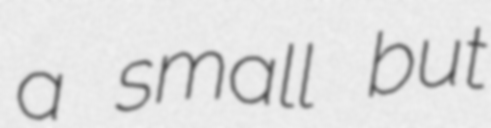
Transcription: a small but